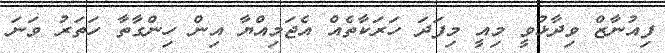
ފިއުނާޒް ވިދާޅުވީ މިއީ މިފަދަ ހަރަކާތެއް އެޖަމިއްޔާ އިން ހިންގާތާ ހަތަރު ވަނަ